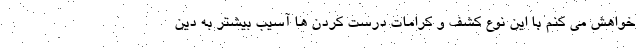
خواهش می کنم با این نوع کشف و کرامات درست کردن ها آسیب بیشتر به دین